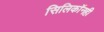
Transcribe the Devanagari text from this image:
सिलिकॉनही